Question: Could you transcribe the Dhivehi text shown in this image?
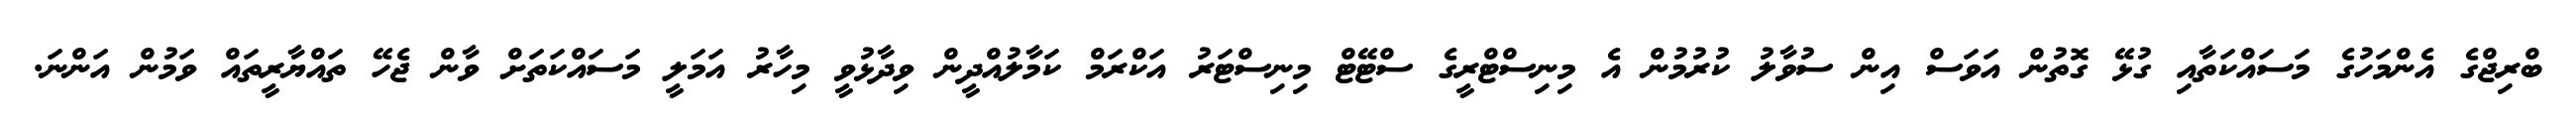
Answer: ބްރިޖްގެ އެންމަހުގެ މަސައްކަތާއި ގުޅޭ ގޮތުން އަވަސް އިން ސުވާލު ކުރުމުން އެ މިނިސްޓްރީގެ ސްޓޭޓް މިނިސްޓަރު އަކްރަމް ކަމާލުއްދީން ވިދާޅުވީ މިހާރު އަމަލީ މަސައްކަތަށް ވާން ޖެހޭ ތައްޔާރީތައް ވަމުން އަންނަ.